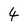
Character: 4